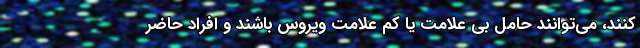
‌کنند، می‌توانند حامل بی علامت یا کم علامت ویروس باشند و افراد حاضر